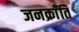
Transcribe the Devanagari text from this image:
जनक्राँति